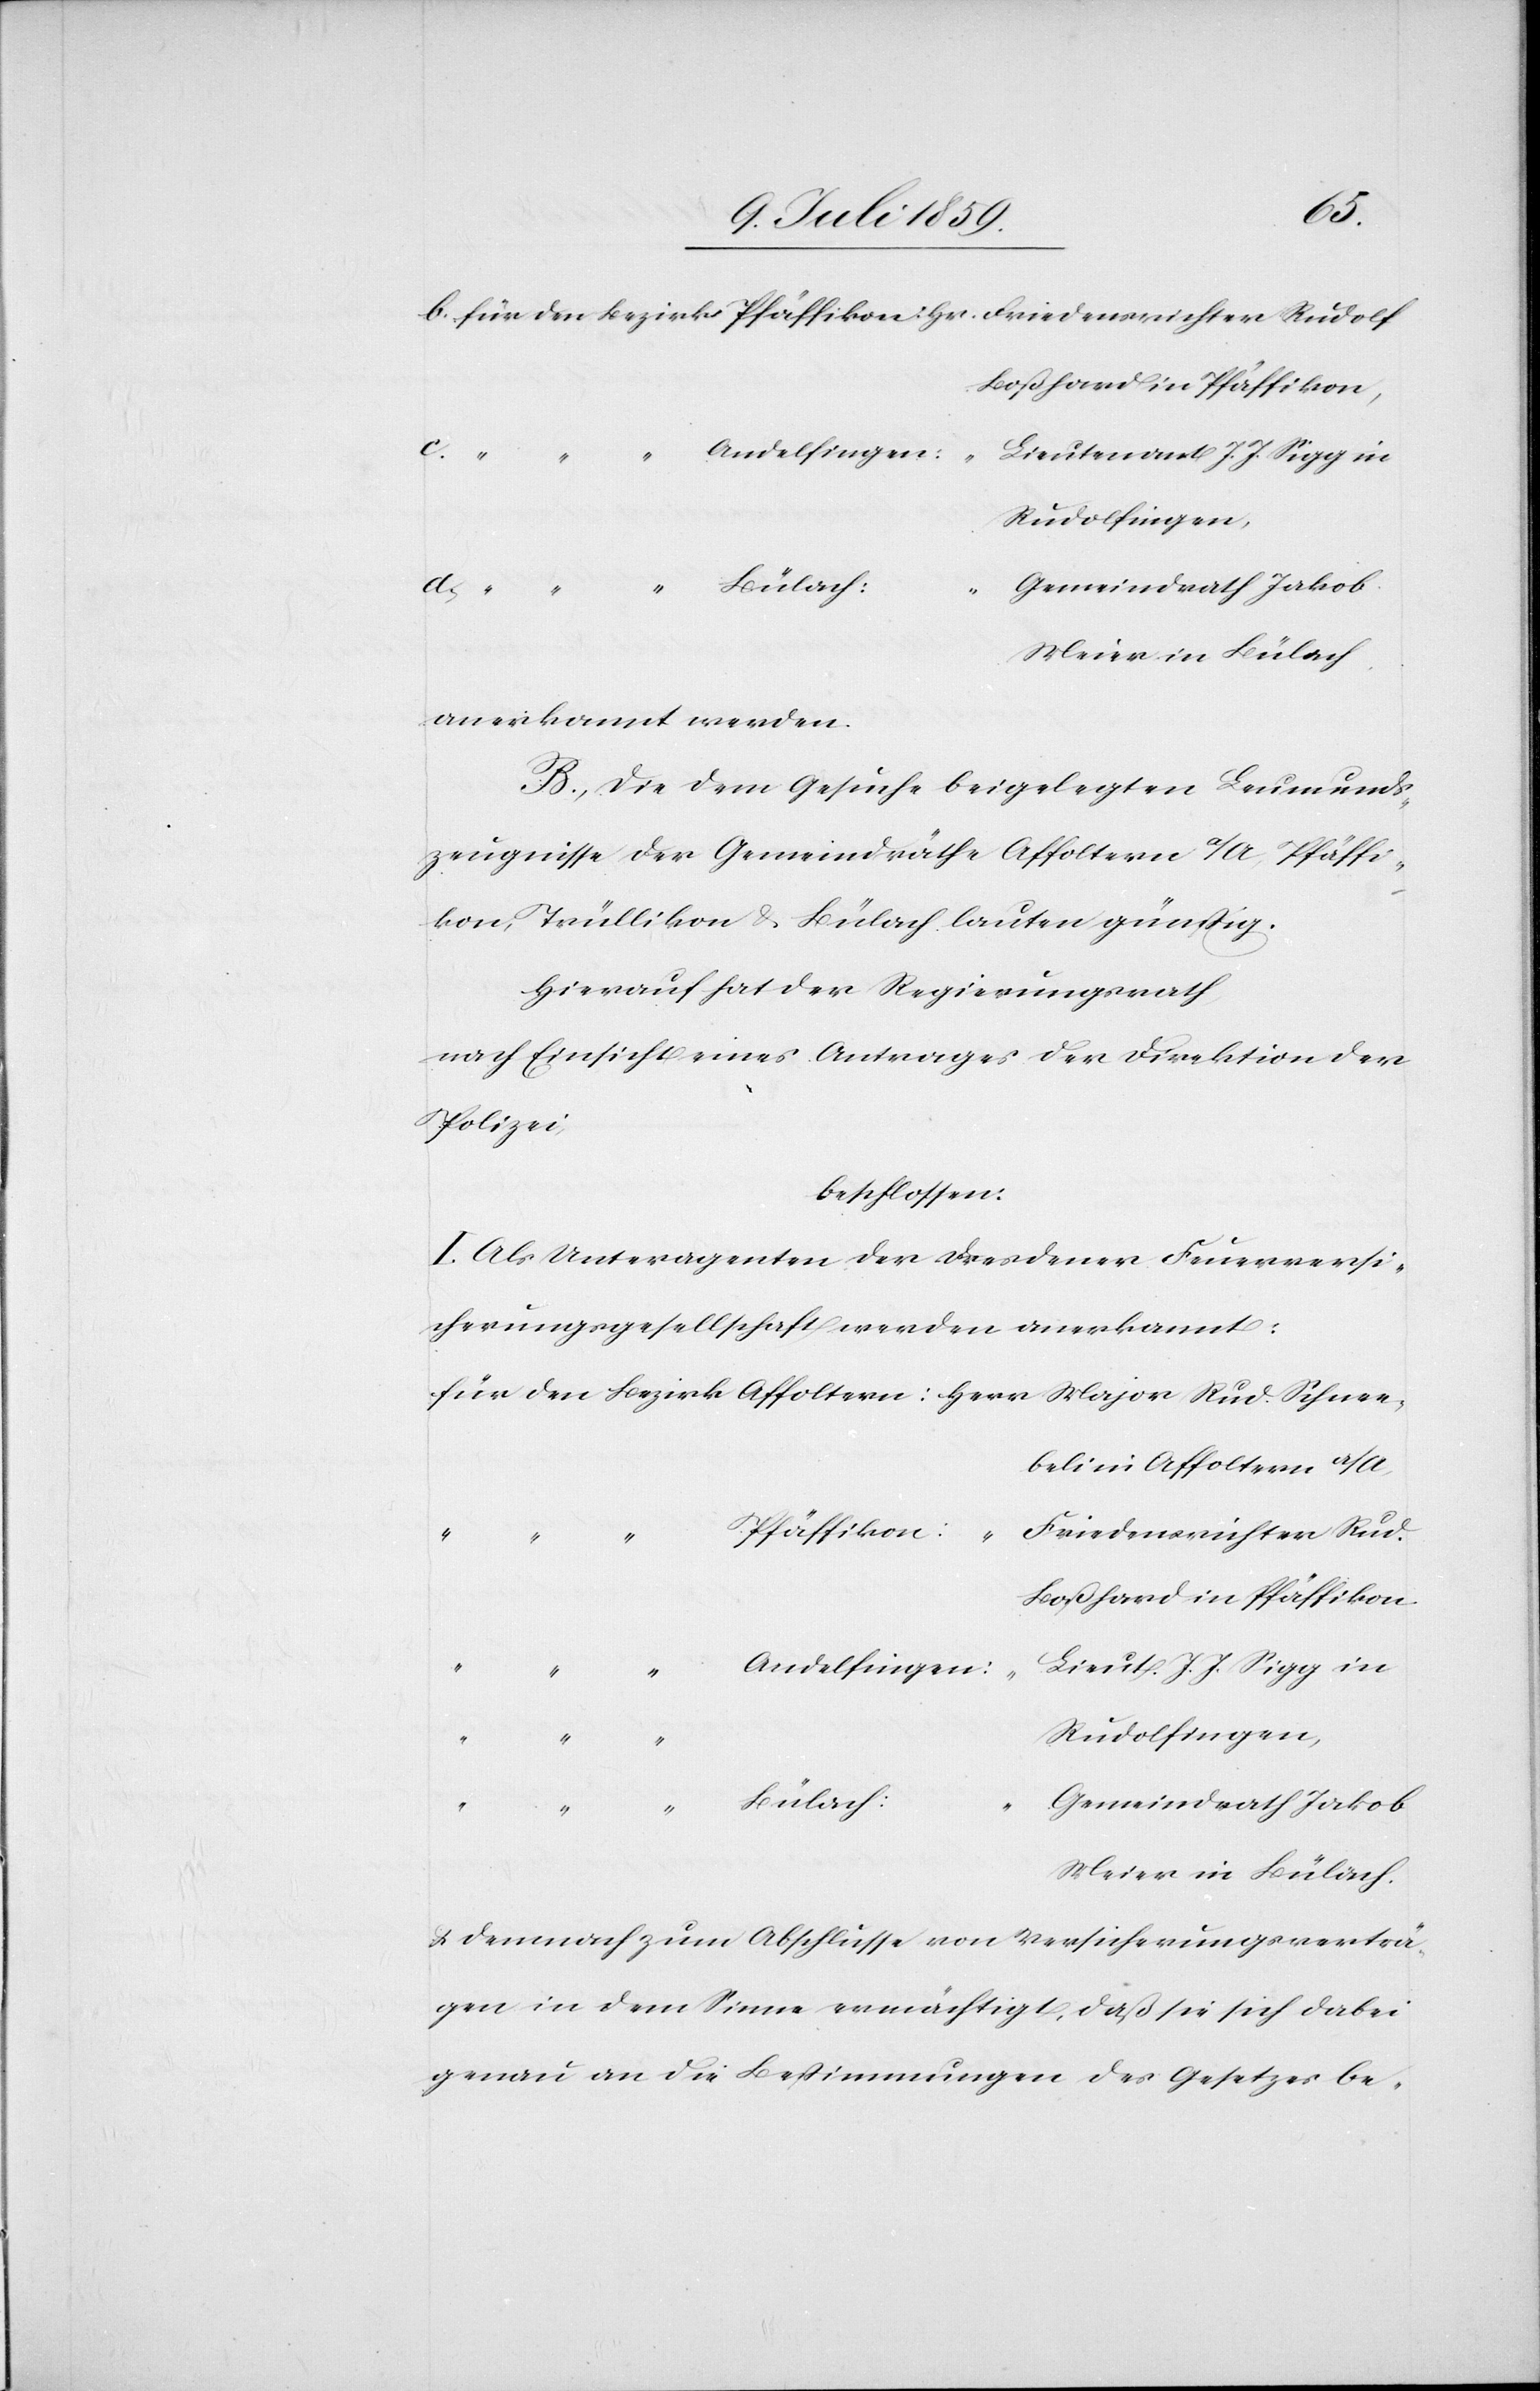
olf
Lieutenant J. J. Sigg in
Rudolfingen,
Gemeindrath Jakob
Meier in Bülach
anerkannt werden.
B. Die dem Gesuche beigelegten Leumunds¬
zeugnisse der Gemeindräthe Affoltern a/A, Pfäffi¬
kon, Trüllikon u. Bülach lauten günstig.
Hierauf hat der Regierungsrath
nach Einsicht eines Antrages der Direktion der
Polizei,
beschlossen:
I. Als Unteragenten der Dresdener Feuerversi¬
cherungsgesellschaft werden anerkannt:
ebeli in Affoltern a/A.
Pfäffikon:
Friedensrichter Rud¬
c.
Boßhard in Pfäffikon,
Lieut. J. J. Sigg in
Meier in Bülach.
u. demnach zum Abschlusse von Versicherungsverträ¬
gen in dem Sinne ermächtigt, daß sie sich dabei
genau an die Bestimmungen des Gesetzes be-